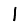
Digit: 1